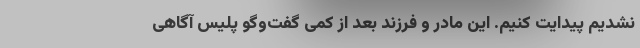
نشدیم پیدایت کنیم. این مادر و فرزند بعد از کمی گفت‌وگو پلیس آگاهی